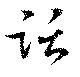
話